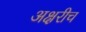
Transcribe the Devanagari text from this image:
अक्षरीच